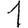
Digit: 1